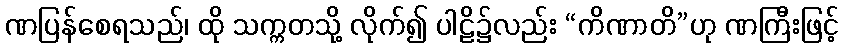
ဏပြန်စေရသည်၊ ထို သက္ကတသို့ လိုက်၍ ပါဠိ၌လည်း “ကိဏာတိ”ဟု ဏကြီးဖြင့်